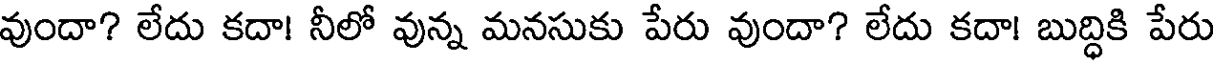
వుందా? లేదు కదా! నీలో వున్న మనసుకు పేరు వుందా? లేదు కదా! బుద్ధికి పేరు